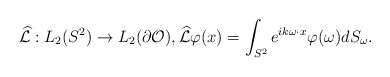
\begin{align*}\widehat{\mathcal L} :L_2(S^2) \rightarrow L_2(\partial \mathcal O), \widehat{\mathcal L} \varphi(x)= \int_{S^2}e^{ik\omega\cdot x} \varphi(\omega) dS_\omega.\end{align*}